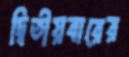
দ্বিতীয়বারের